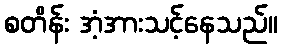
စတိန်း အံ့အားသင့်နေသည်။